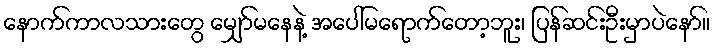
နောက်ကာလသားတွေ မျှော်မနေနဲ့ အပေါ်မရောက်တော့ဘူး၊ ပြန်ဆင်းဦးမှာပဲနော်။